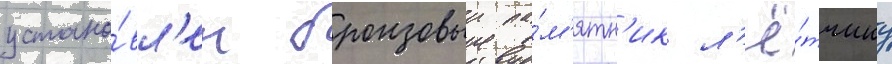
устано́вл'ен бронзовыи па́м'ятн'ик л'ё́тчику